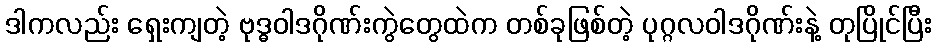
ဒါကလည်း ရှေးကျတဲ့ ဗုဒ္ဓဝါဒဂိုဏ်းကွဲတွေထဲက တစ်ခုဖြစ်တဲ့ ပုဂ္ဂလဝါဒဂိုဏ်းနဲ့ တုပြိုင်ပြီး